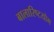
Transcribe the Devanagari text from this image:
बालारिष्टयोग